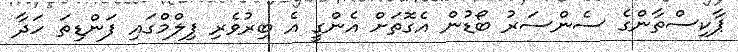
ޕާކިސްތާންގެ ސެންސަރު ބޯޑުން އެގޮތަށް އެންގީ އެ ބިރުވެރި ފިލްމްގައި ފަންޑިތަ ހަދާ